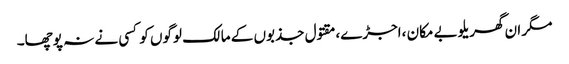
مگر ان گھریلوبے مکان ،اجڑے،مقتول جذبوں کے مالک لوگوں کو کسی نے نہ پوچھا۔